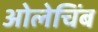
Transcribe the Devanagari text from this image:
ओलेचिंब